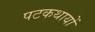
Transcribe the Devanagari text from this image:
पटकथायों